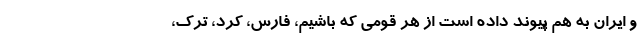
و ایران به هم پیوند داده است از هر قومی که باشیم، فارس، کرد، ترک،